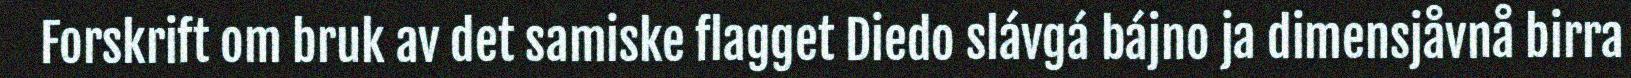
Forskrift om bruk av det samiske flagget Diedo slávgá bájno ja dimensjåvnå birra